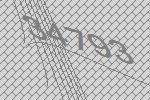
34793